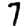
Digit: 7